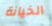
الخيانة